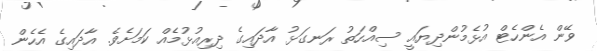
ވޭން އެންހެޓް އުޅެމުންދިޔައީ ސިއްހަތު ރަނގަޅު އާދައިގެ ދިރިއުޅުމެއް ކަމަށެވެ. އާދައިގެ އެހެން